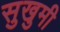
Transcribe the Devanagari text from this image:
सुखुमी